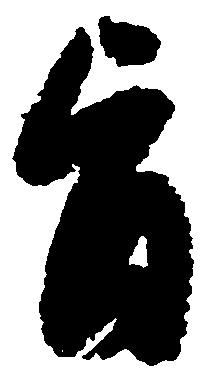
旨